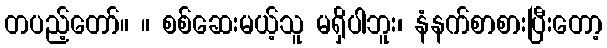
တပည့်တော်။ ။ စစ်ဆေးမယ့်သူ မရှိပါဘူး၊ နံနက်စာစားပြီးတော့